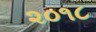
૨૦૧૮